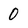
Character: 0